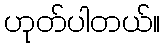
ဟုတ်ပါတယ်။